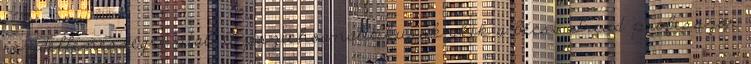
rendellenességre utal. A pszichoanalitikusok akik a bécsi Freud professzor